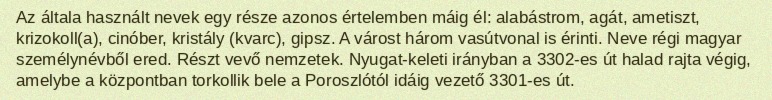
Az általa használt nevek egy része azonos értelemben máig él: alabástrom, agát, ametiszt, krizokoll(a), cinóber, kristály (kvarc), gipsz. A várost három vasútvonal is érinti. Neve régi magyar személynévből ered. Részt vevő nemzetek. Nyugat-keleti irányban a 3302-es út halad rajta végig, amelybe a központban torkollik bele a Poroszlótól idáig vezető 3301-es út.